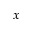
x